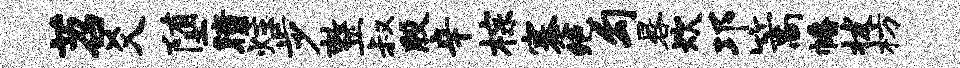
苕爻堕瞳炷步整叔殷辛棕蹇绝勾晷炊邛篙幡拔枋